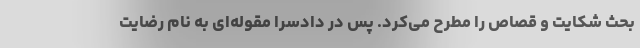
بحث شکایت و قصاص را مطرح می‌کرد. پس در دادسرا مقوله‌ای به نام رضایت